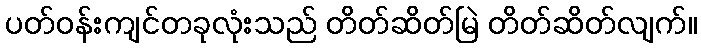
ပတ်ဝန်းကျင်တခုလုံးသည် တိတ်ဆိတ်မြဲ တိတ်ဆိတ်လျက်။